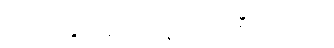
မေလ 20 ရက်နေ့၏ အစီရင်ခံစာ။